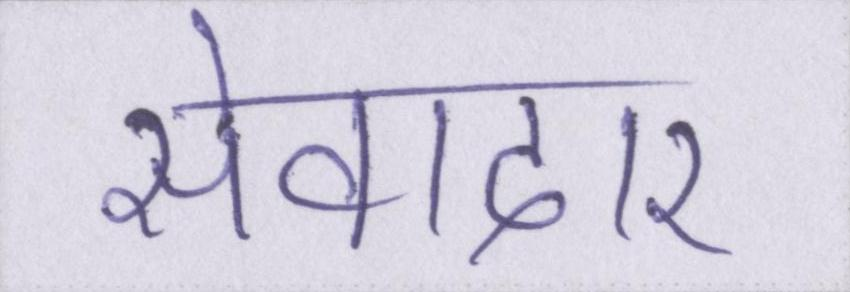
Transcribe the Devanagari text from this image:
सेवादार